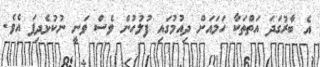
އެ ބާރުގަދަ އަތްތަކާ ހަމައަށް ދިއުމުގައި ފުލުހުން ވެސް ވަނީ ނުކުޅެދިފަ އެވެ.